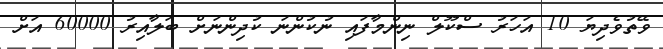
ވޭތުވެދިޔަ 10 އަހަރު ސްކޫލް ނިންމާފައި ނުކުންނަ ކުދިންނަށް ބަލާއިރު 60000 އަށް